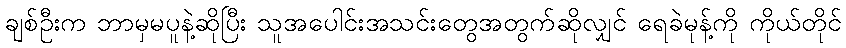
ချစ်ဦးက ဘာမှမပူနဲ့ဆိုပြီး သူအပေါင်းအသင်းတွေအတွက်ဆိုလျှင် ရေခဲမုန့်ကို ကိုယ်တိုင်